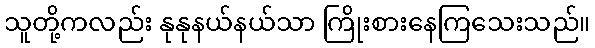
သူတို့ကလည်း နုနုနယ်နယ်သာ ကြိုးစားနေကြသေးသည်။